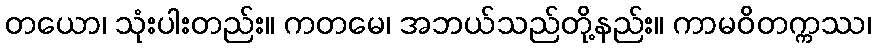
တယော၊ သုံးပါးတည်း။ ကတမေ၊ အဘယ်သည်တို့နည်း။ ကာမဝိတက္ကဿ၊